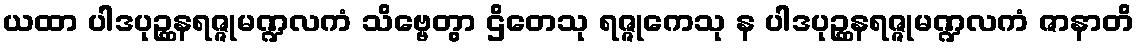
ယထာ ပါဒပုဉ္ဆနရဇ္ဇုမဏ္ဍလကံ သိဗ္ဗေတွာ ဌိတေသု ရဇ္ဇုကေသု န ပါဒပုဉ္ဆနရဇ္ဇုမဏ္ဍလကံ ဇာနာတိ